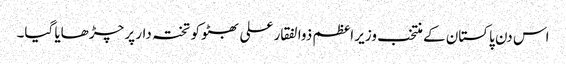
اس دن پاکستان کے منتخب وزیر اعظم ذوالفقار علی بھٹو کو تختہ دار پر چڑھایا گیا۔